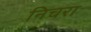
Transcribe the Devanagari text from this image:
निचरा